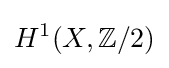
H^{1}(X,\mathbb {Z} /2)